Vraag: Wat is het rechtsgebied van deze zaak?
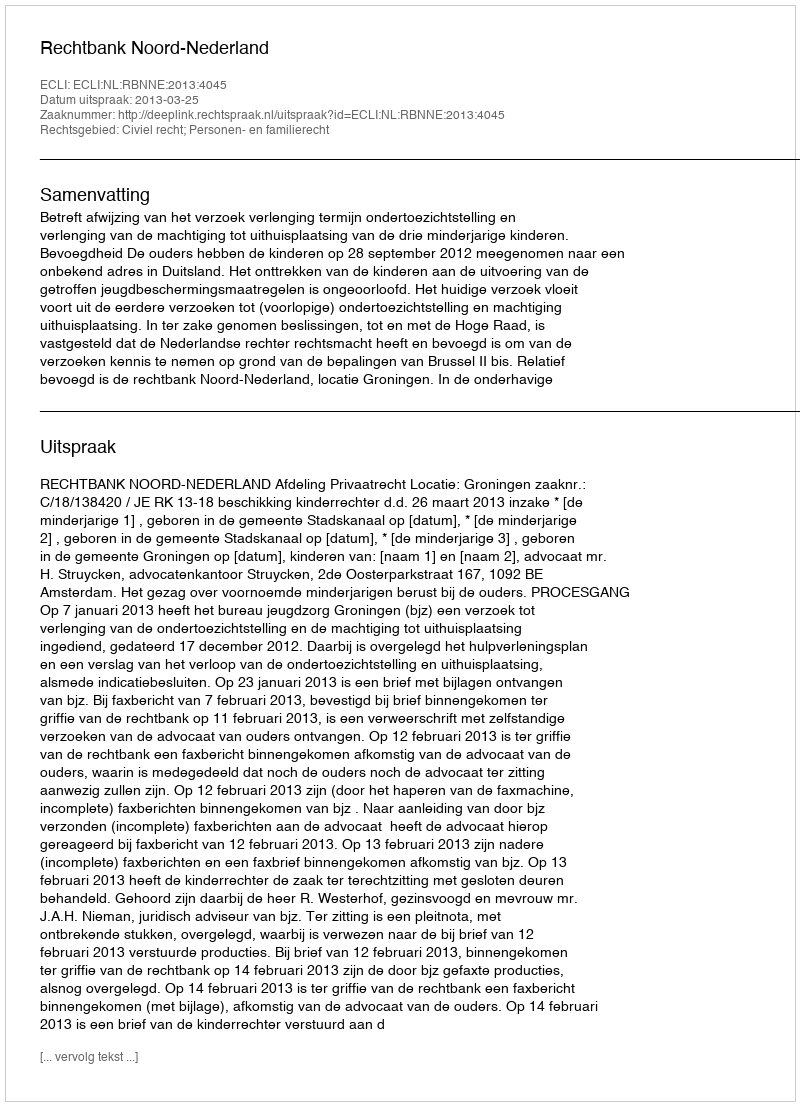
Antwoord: Civiel recht; Personen- en familierecht